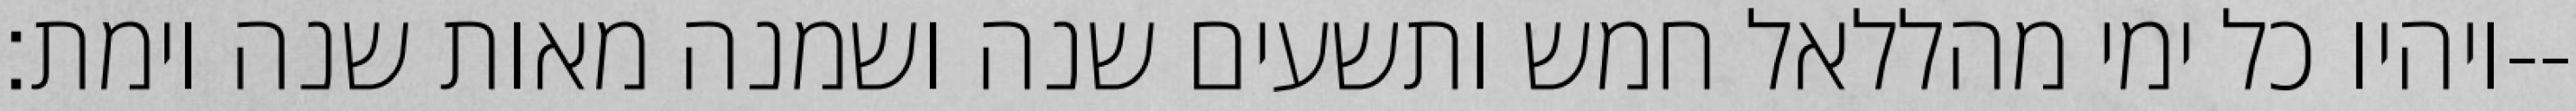
ויהיו כל ימי מהללאל חמש ותשעים שנה ושמנה מאות שנה וימת׃--